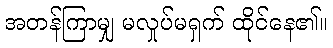
အတန်ကြာမျှ မလှုပ်မရှက် ထိုင်နေ၏။